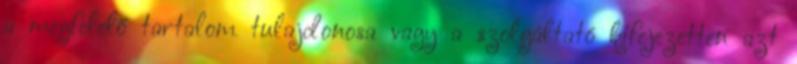
a megfelelő tartalom tulajdonosa vagy a szolgáltató kifejezetten azt